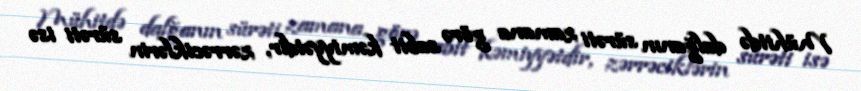
Mühitdə dalğanın sürəti zamana görə sabit kəmiyyətdir, zərrəciklərin sürəti isə